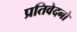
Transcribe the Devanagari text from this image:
प्रतिवेदनो